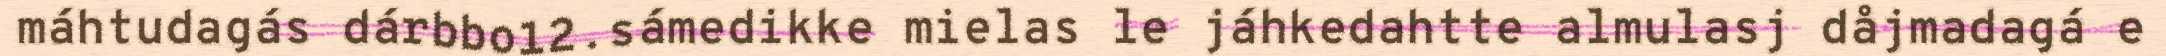
máhtudagás dárbbo12.sámedikke mielas le jáhkedahtte almulasj dåjmadagá e